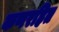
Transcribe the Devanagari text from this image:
कणरहित